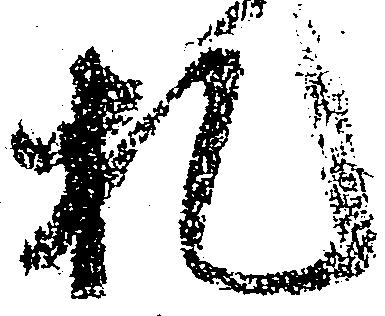
札